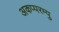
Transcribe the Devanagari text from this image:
अकप्परम्पु